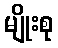
မျိုးစု